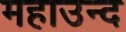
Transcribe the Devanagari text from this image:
महाउन्द